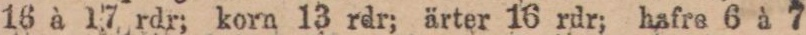
16 à 17 rdr; korn 13 rdr; ärter 16 rdr; hafre 6 à 7